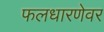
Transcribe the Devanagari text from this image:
फलधारणेवर